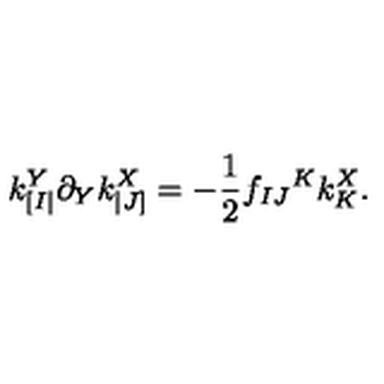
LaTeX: k _ { [ I | } ^ { Y } \partial _ { Y } k _ { | J ] } ^ { X } = - \frac 1 2 f _ { I J } { } ^ { K } k _ { K } ^ { X } .